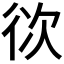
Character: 𭛨